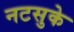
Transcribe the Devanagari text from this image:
नटसुके